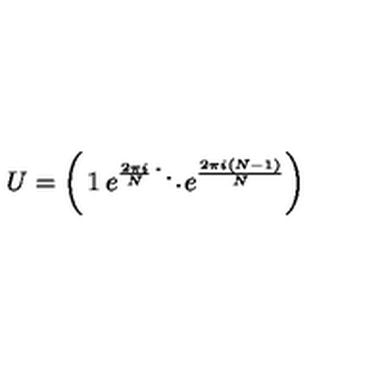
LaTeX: U = \left( \begin{matrix} { 1 } & { } & { } & { } \\ { } & { e ^ { \frac { 2 \pi i } { N } } } & { } & { } \\ { } & { } & { \ddots } & { } \\ { } & { } & { } & { e ^ { \frac { 2 \pi i ( N - 1 ) } { N } } } \\ \end{matrix} \right)